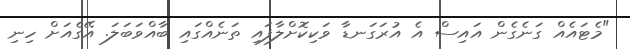
"މެޓައެއް ގަނެގެން އައިސް އެ އުރަގަނޑާ ވަކިކޮށްލާފައި ތަނެއްގައި ބާއްވަބަލަ. އޭގެއަށް ހިނި